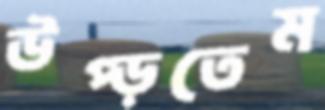
উপ্‌ড়তেম